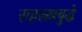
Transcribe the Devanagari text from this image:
सहस्रत्रबुद्धे